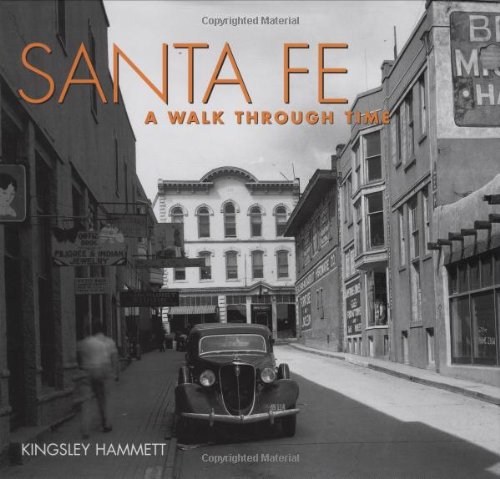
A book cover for Santa Fe: A Walk Through Time; Kingsley Hammett; Travel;